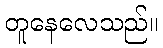
တူနေလေသည်။